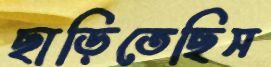
ছাড়িতেছিস